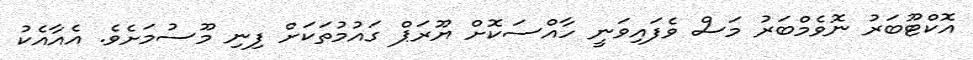
އޮކްޓޫބަރު ނޮވެމްބަރު މަސް ވެފައިވަނީ ހާއްސަކޮށް ޔޫރަޕް ގައުމުތަކަށް ފިނި މޫސުމަށެވެ. އެއާއެކު